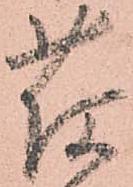
荷